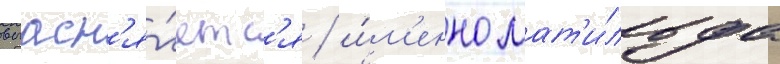
выасн'я́етс'я / и́м'енно мат'и́льда